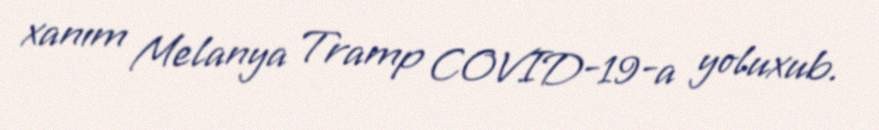
xanım Melanya Tramp COVID-19-a yoluxub.